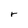
Character: r